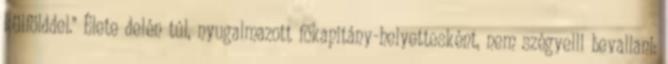
külfölddel." Élete delén túl, nyugalmazott főkapitány-helyettesként, nem szégyelli bevallani: